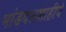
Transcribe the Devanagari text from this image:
भांडवलशाहीचे